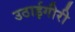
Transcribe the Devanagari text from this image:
उठाईगीरी